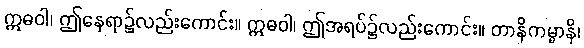
ဣဓဝါ၊ ဤနေရာ၌လည်းကောင်း။ ဣဓဝါ၊ ဤအရပ်၌လည်းကောင်း။ တာနိကမ္မာနိ၊